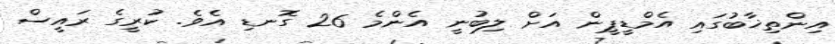
އިންތިޚާބުގައި އެމްޑީޕީން އަށް ލިބުނީ އެންމެ 26 ގޮނޑި އެވެ. ކުރީގެ ރައީސް